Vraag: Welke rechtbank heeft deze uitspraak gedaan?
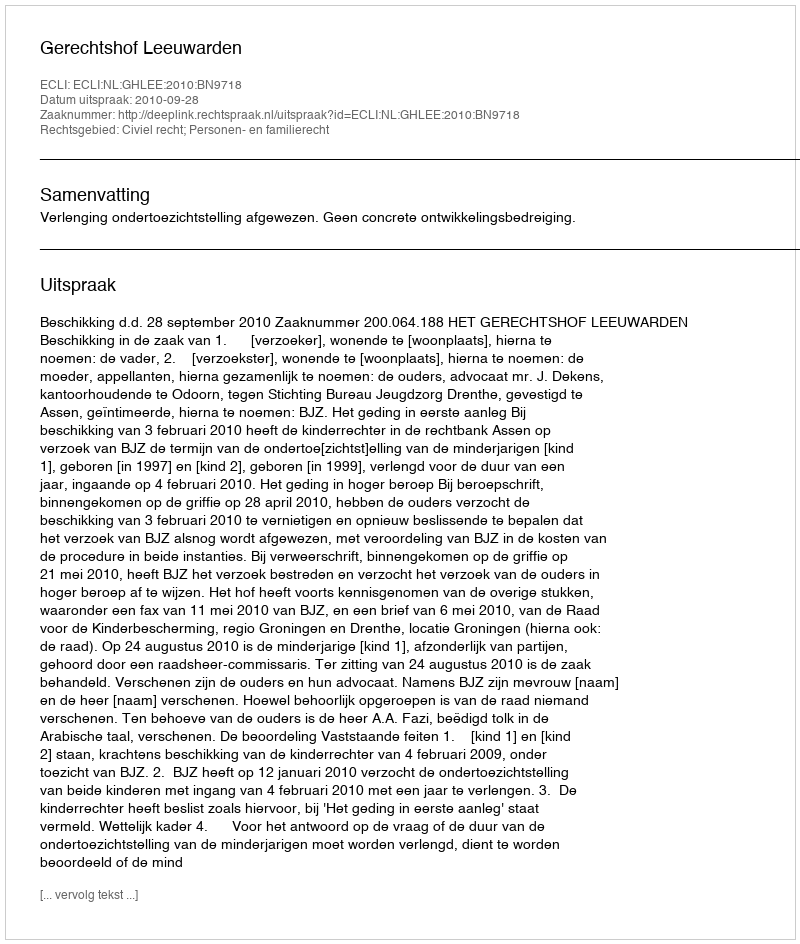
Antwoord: Gerechtshof Leeuwarden